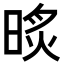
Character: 𣇧